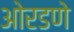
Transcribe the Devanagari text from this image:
ओरडणे